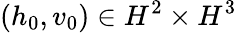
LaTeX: (h_{0},v_{0})\in H^{2}\times H^{3}